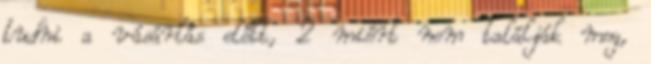
tudni a vásárlás előtt, 2 miért nem találják meg,